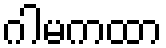
ဂါမကထာ